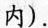
内).